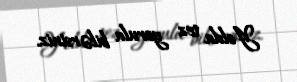
Yolda tez yorula bilərsiniz.